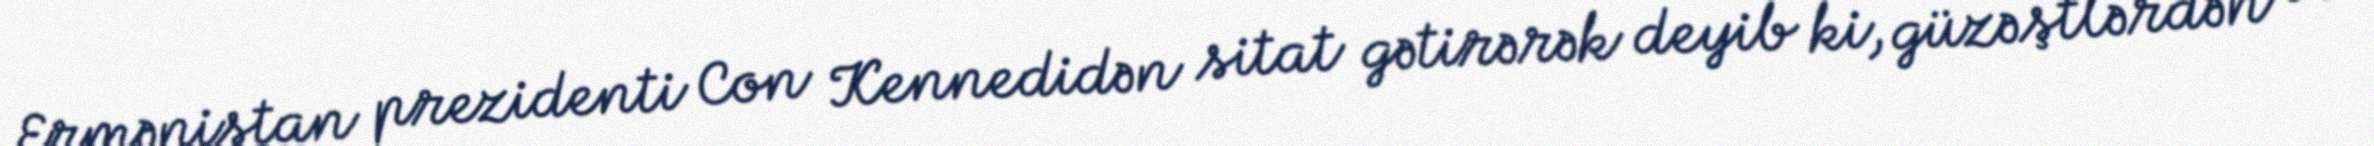
Ermənistan prezidenti Con Kennedidən sitat gətirərək deyib ki, güzəştlərdən və